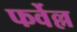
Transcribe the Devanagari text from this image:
फर्वेल्ल